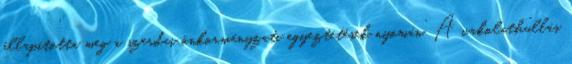
állapította meg a szerdai önkormányzati egyeztetések nyomán. A vakolathullás